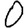
Digit: 0